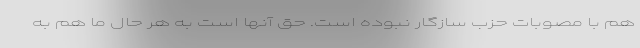
هم با مصوبات حزب سازگار نبوده است. حق آنها است به هر حال ما هم به